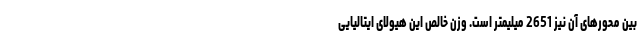
بین محورهای آن نیز 2651 میلیمتر است. وزن خالص این هیولای ایتالیایی